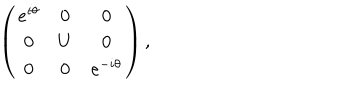
LaTeX: \left( \begin{matrix} { { e ^ { i \theta } } } & { { 0 } } & { { 0 } } \\ { { 0 } } & { { U } } & { { 0 } } \\ { { 0 } } & { { 0 } } & { { e ^ { - i \theta } } } \\ \end{matrix} \right) ,